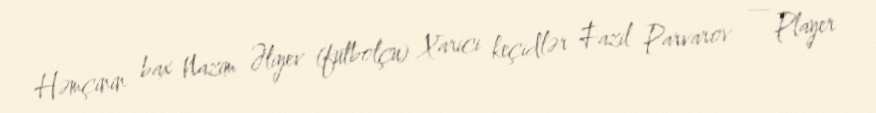
Həmçinin bax Nazim Əliyev (futbolçu) Xarici keçidlər Fazil Parvarov — Player